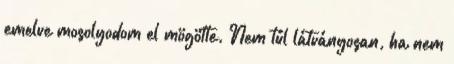
emelve mosolyodom el mögötte. Nem túl látványosan, ha nem